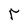
Character: r